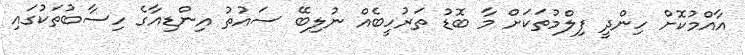
އާއްމުކޮށް ހިންދީ ފިލްމުތަކަށް މާ ބޮޑު ތަރުހީބެއް ނުލިބޭ ސައުތު އިންޑިއާގެ ހިސާބުތަކުގައި